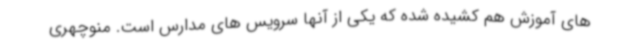
های آموزش هم کشیده شده که یکی از آنها سرویس های مدارس است. منوچهری